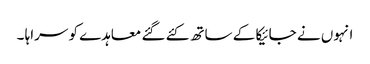
انہوں نے جائیکا کے ساتھ کئے گئے معاہدے کو سراہا ۔